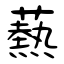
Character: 爇